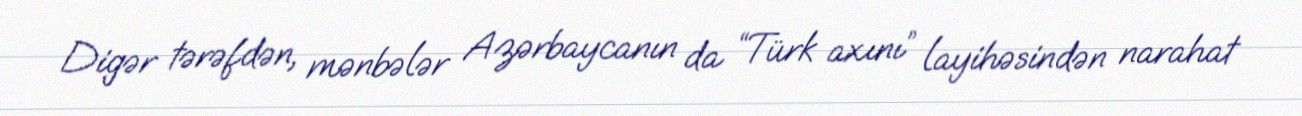
Digər tərəfdən, mənbələr Azərbaycanın da “Türk axını” layihəsindən narahat